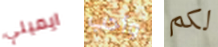
ايميلي وأحب لكم